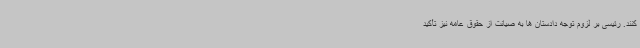
کنند. رئیسی بر لزوم توجه دادستان ها به صیانت از حقوق عامه نیز تأکید